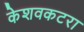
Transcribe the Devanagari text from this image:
केशवकटरा